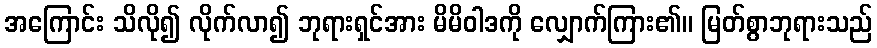
အကြောင်း သိလို၍ လိုက်လာ၍ ဘုရားရှင်အား မိမိဝါဒကို လျှောက်ကြား၏။ မြတ်စွာဘုရားသည်